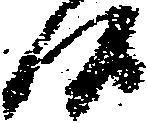
候